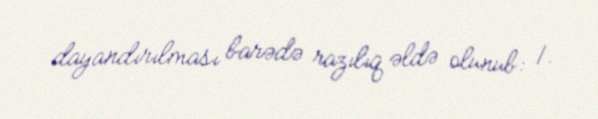
dayandırılması barədə razılıq əldə olunub: 1.